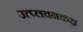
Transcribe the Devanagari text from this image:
उत्प्लवनकक्ष